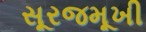
સૂરજમૂખી